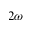
2 \omega